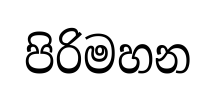
පිරිමහන